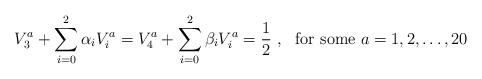
LaTeX: \begin{align*}V^a_3 + \sum_{i=0}^{2} \alpha_i V^a_i = V^a_4 + \sum_{i=0}^2 \beta_i V^a_i = {1 \over 2}~,~~{\mbox{for some}}~ a=1,2,\dots,20\end{align*}